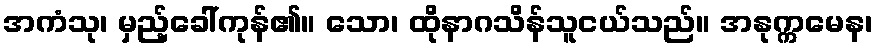
အကံသု၊ မှည့်ခေါ်ကုန်၏။ သော၊ ထိုနာဂသိန်သူငယ်သည်။ အနုက္ကမေန၊